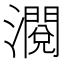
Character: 𱩶